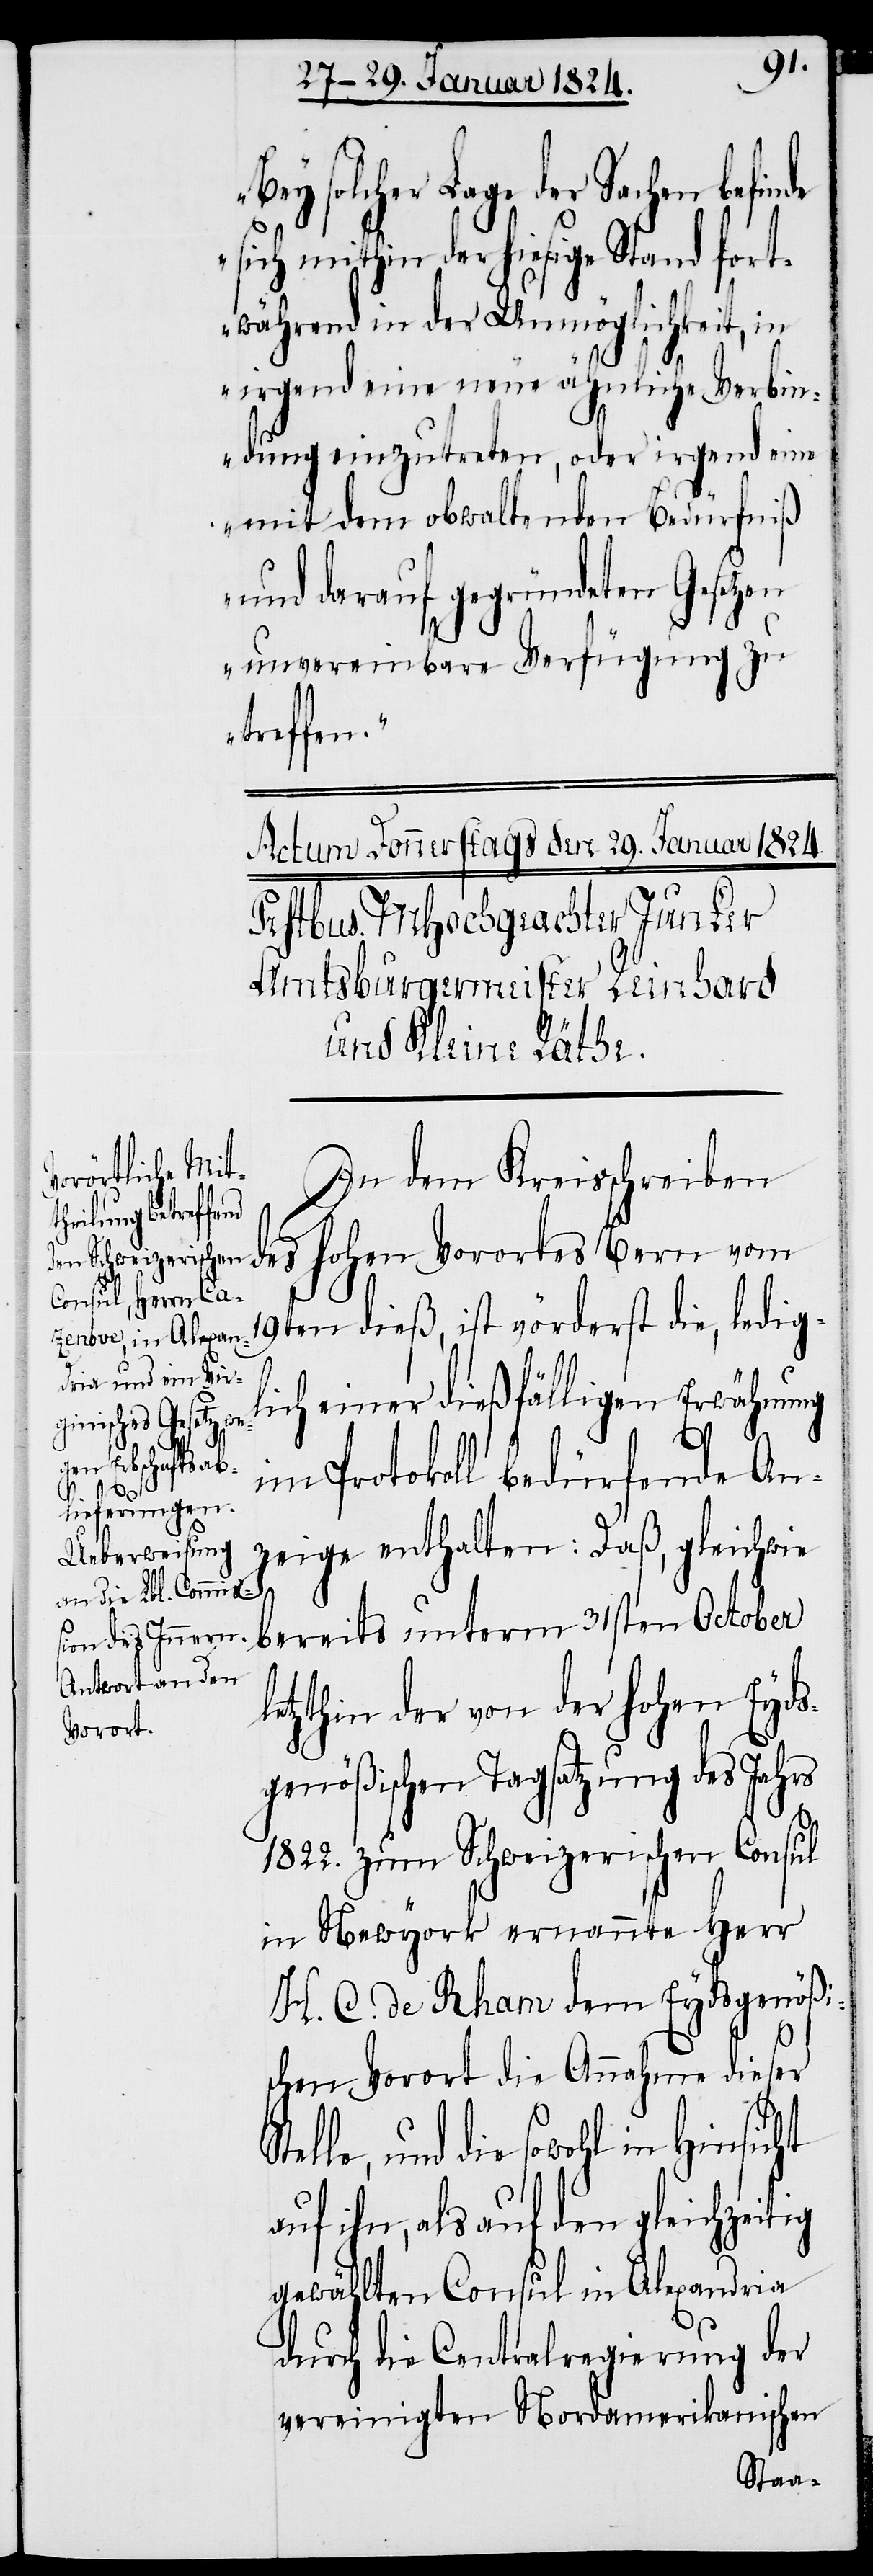
solcher Lage der Sachen befin¬
sich mithin der hiesige Stand fort¬
während in der Unmöglichkeit, in
irgend eine neue ähnliche Verbin¬
dung einzutreten, oder irgend eine
mit dem obwaltenden Bedürfniß
und darauf gegründeten Gesetzen
unvereinbare Verfügung zu
treffen.“
In dem Kreisschreiben
19ten dieß, ist vörderst die, ledigl¬
ich einer dießfälligen Erwähnung
es
im Protokoll bedürfende An¬
zeige enthalten: Daß, gleichwie
bereits unterm 31sten October
letzthin der von der hohen Eyds¬
Vorortes
genößischen Tagsatzung des Jahr¬
1822. zum Schweizerischen Consul
in Newyork ernannte Herr
H. C. de Rham dem Eydsgenößi¬
schen Vorort die Annahme dieser
und die sowohl in Hinsicht
auf ihn, als auf den gleichzeitig
gewählten Consul in Alexandria
durch die Centralregierung der
vereinigten Nordamerikanischen